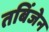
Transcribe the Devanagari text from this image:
तबिंजेन